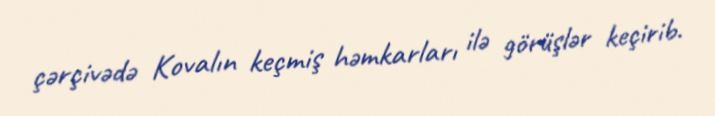
çərçivədə Kovalın keçmiş həmkarları ilə görüşlər keçirib.